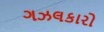
ગઝલકારો